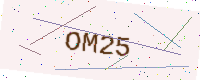
Text: OM25